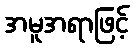
အမူအရာဖြင့်